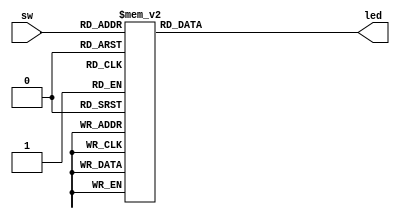
`timescale 1ns / 1ps
//////////////////////////////////////////////////////////////////////////////////
// Company: 
// 
// Design Name: 
// Module Name: decoder
// Project Name: 
// Target Devices: 
// Tool Versions: 
// Description: 
// 
// Dependencies: 
// 
// Revision:
// Revision 0.01 - File Created
// Additional Comments:
// 
//////////////////////////////////////////////////////////////////////////////////


module decoder(
    input [2:0] sw,
    output reg [7:0] led
    );
    
    always @ (sw)
        case (sw)
            3'b000: led = 8'b00000001;
            3'b001: led = 8'b00000010;
            3'b010: led = 8'b00000100;
            3'b011: led = 8'b00001000;
            3'b100: led = 8'b00010000;
            3'b101: led = 8'b00100000;
            3'b110: led = 8'b01000000;
            3'b111: led = 8'b10000000;
        endcase
endmodule